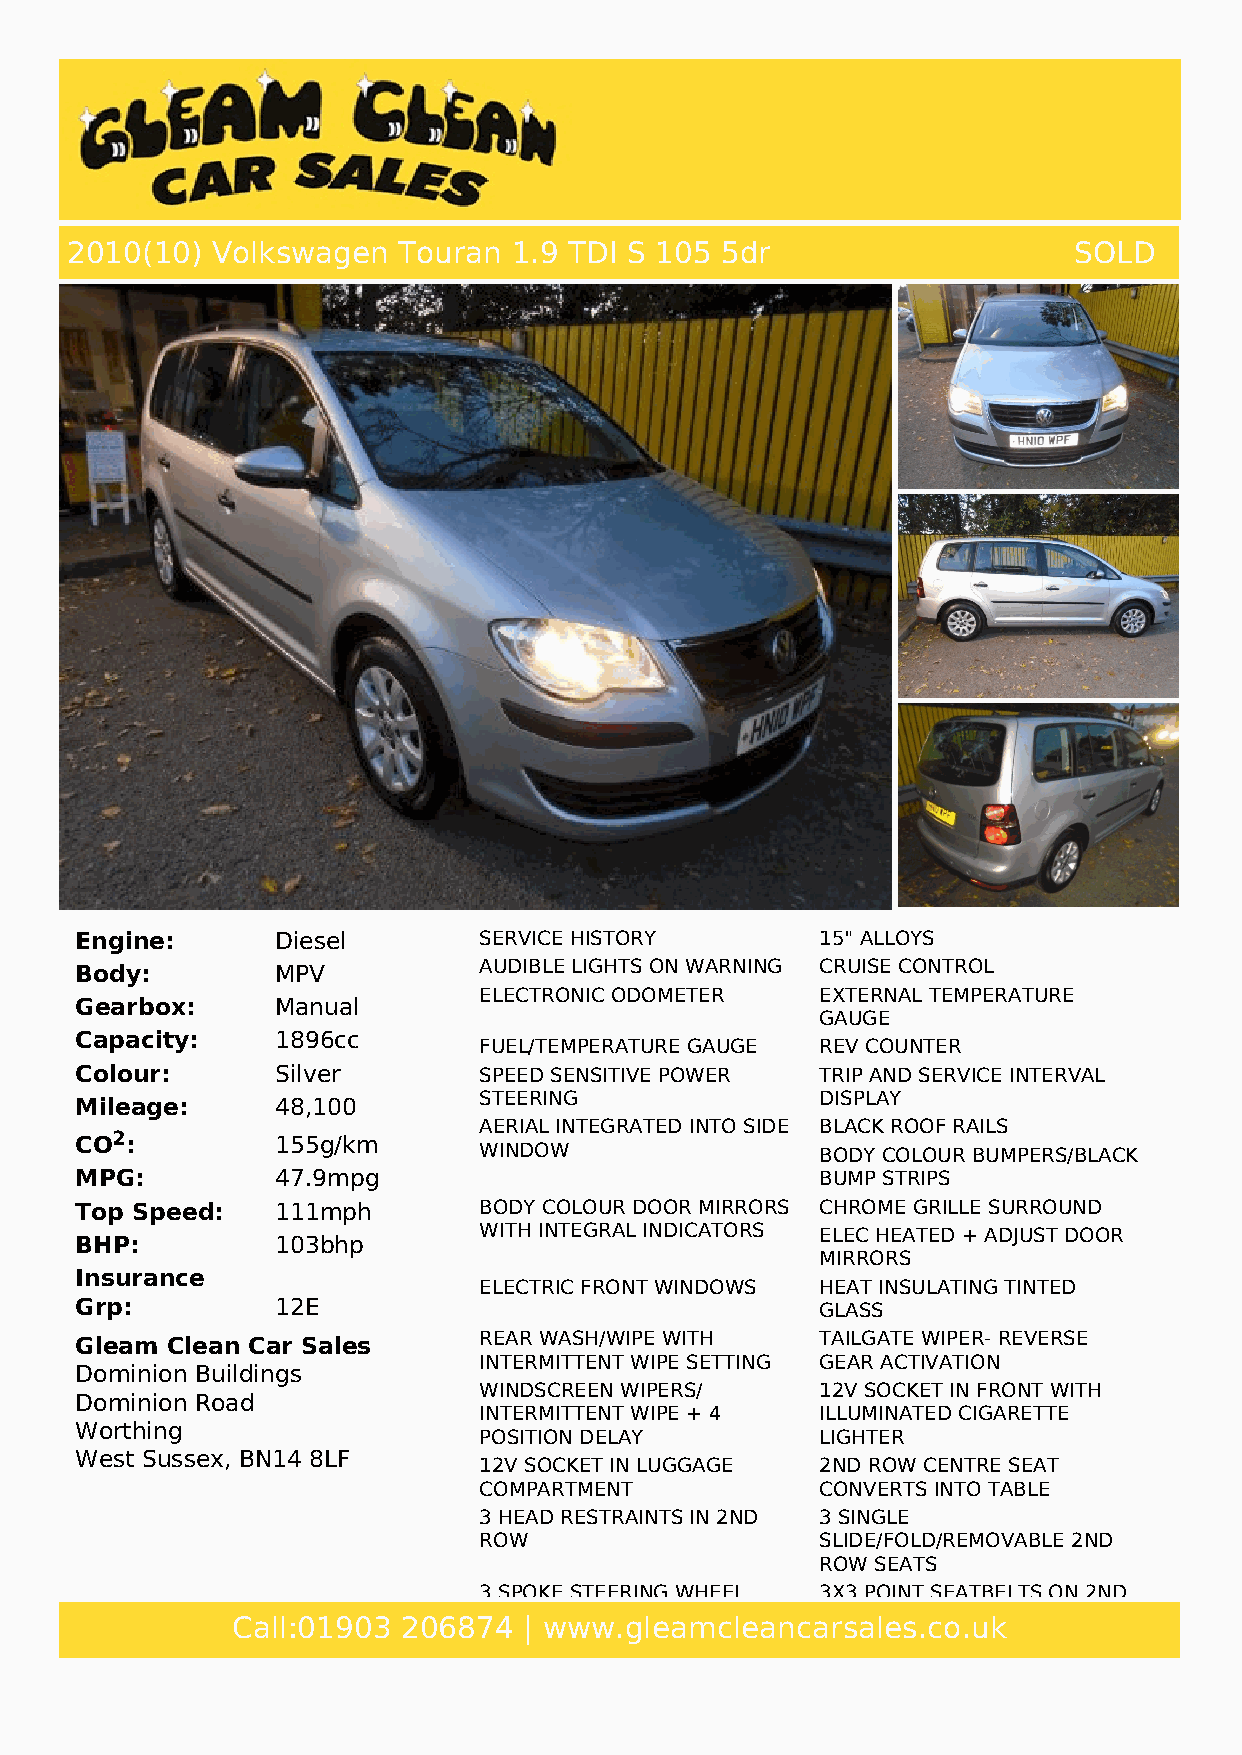
2010(10)  Volkswagen  Touran  1.9 TDI S 105 5dr                    SOLD
 Engine:      Diesel        SERVICE HISTORY       15" ALLOYS
 Body:        MPV           AUDIBLE LIGHTS ON WARNING CRUISE CONTROL
 ELECTRONIC ODOMETER   EXTERNAL TEMPERATURE
 Gearbox:     Manual
 GAUGE
 Capacity:    1896cc
 FUEL/TEMPERATURE GAUGE REV COUNTER
 Colour:      Silver        SPEED SENSITIVE POWER TRIP AND SERVICE INTERVAL
 STEERING              DISPLAY
 Mileage:     48,100
 AERIAL INTEGRATED INTO SIDE BLACK ROOF RAILS
 CO2:         155g/km
 WINDOW                BODY COLOUR BUMPERS/BLACK
 MPG:         47.9mpg                             BUMP STRIPS
 Top Speed:   111mph        BODY COLOUR DOOR MIRRORS CHROME GRILLE SURROUND
 WITH INTEGRAL INDICATORS ELEC HEATED + ADJUST DOOR
 BHP:         103bhp
 MIRRORS
 Insurance
 ELECTRIC FRONT WINDOWS HEAT INSULATING TINTED
 Grp:         12E                                 GLASS
 Gleam Clean Car Sales      REAR WASH/WIPE WITH   TAILGATE WIPER- REVERSE
 INTERMITTENT WIPE SETTING GEAR ACTIVATION
 Dominion Buildings
 WINDSCREEN WIPERS/    12V SOCKET IN FRONT WITH
 Dominion Road
 INTERMITTENT WIPE + 4 ILLUMINATED CIGARETTE
 Worthing
 POSITION DELAY        LIGHTER
 West Sussex, BN14 8LF
 12V SOCKET IN LUGGAGE 2ND ROW CENTRE SEAT
 COMPARTMENT           CONVERTS INTO TABLE
 3 HEAD RESTRAINTS IN 2ND 3 SINGLE
 ROW                   SLIDE/FOLD/REMOVABLE 2ND
 ROW SEATS
 3 SPOKE STEERING WHEEL 3X3 POINT SEATBELTS ON 2ND
 ROW WITH HEIGHT ADJUST ON
 Call:01903  206874  | www.gleamcleancarsales.co.uk
 OUTER SEATS
 4 BOOT LOAD LASHING POINTS AIR RECIRCULATION SYSTEM